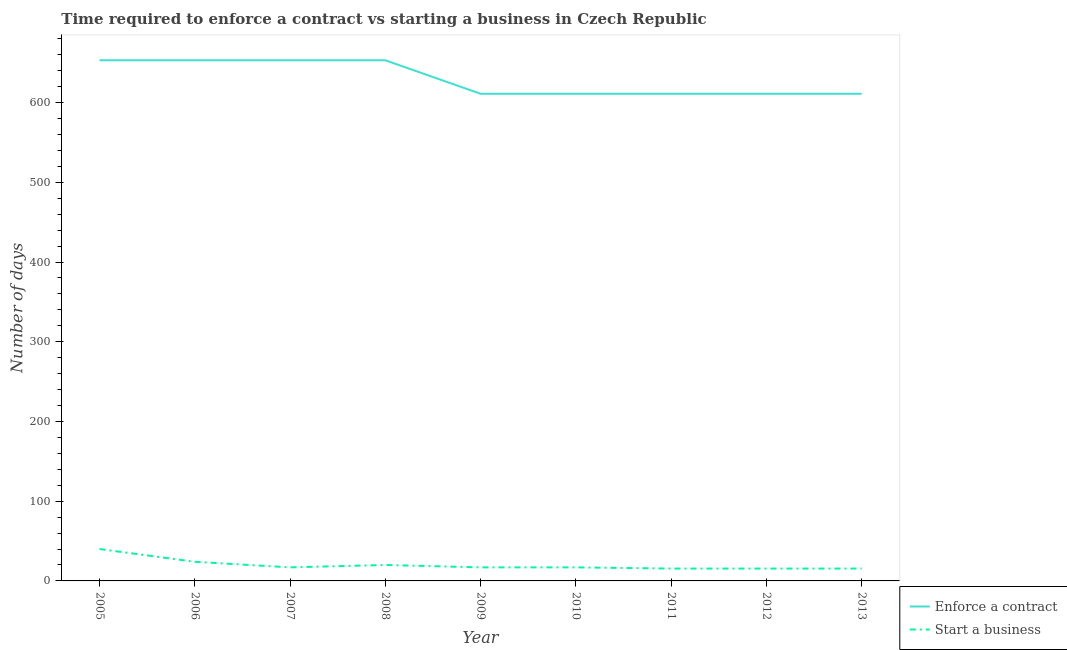
| Year | Enforce a contract | Start a business |
 | --- | --- | --- |
 | 2005 | 653 | 40 |
 | 2006 | 653 | 24 |
 | 2007 | 653 | 17 |
 | 2008 | 653 | 20 |
 | 2009 | 611 | 17 |
 | 2010 | 611 | 17 |
 | 2011 | 611 | 15.5 |
 | 2012 | 611 | 15.5 |
 | 2013 | 611 | 15.5 |